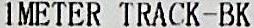
1METER TRACK-BK